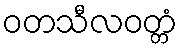
ဝတသီလဝတ္တံ